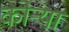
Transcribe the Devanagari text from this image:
कोऱ्‍या